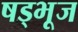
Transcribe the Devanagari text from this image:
षड्भूज